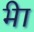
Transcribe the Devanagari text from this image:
भ्‍ीा